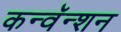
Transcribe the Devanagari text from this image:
कन्वॅन्शन